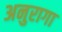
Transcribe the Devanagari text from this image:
अनुरागा